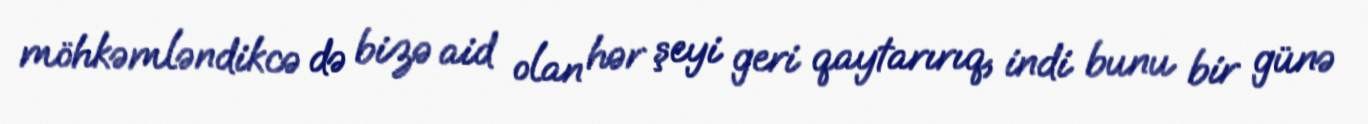
möhkəmləndikcə də bizə aid olan hər şeyi geri qaytarırıq, indi bunu bir günə